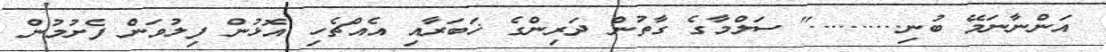
އަންނާނަމޭ ބުނި.........." ސަލްމާގެ ގާތުން ދަރިންގެ ޚަބަރާއި އެއްޗެހި އޮޅުން ފިލުވަން ފެށުމުން